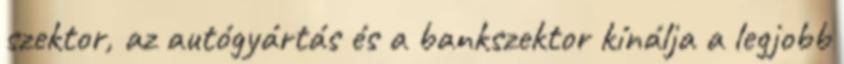
szektor, az autógyártás és a bankszektor kínálja a legjobb